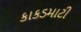
કાકડમાટી